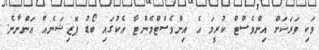
ވަކި ވަރަކަށް އިންވެސްޓް ކުރީމަ އެ އިންވެސްޓްމެންޓާ އެކުގައި ބޯޑު ޕޮޒިޝަނެއް އަންނާނެ.